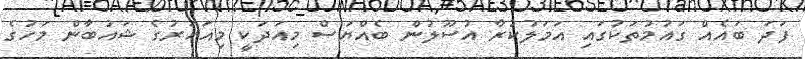
ފަދަ ބައެއް ގައުމުތަކުގައި އަމަލުކުރާ އުސޫލުން ބެއްޔަސް މިއަދަކީ މިއަހަރުގެ ޝައުބާން މަހުގެ